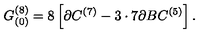
G _ { ( 0 ) } ^ { ( 8 ) } = 8 \left[ \partial C ^ { ( 7 ) } - 3 \cdot 7 \partial B C ^ { ( 5 ) } \right] .